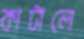
কাটালে